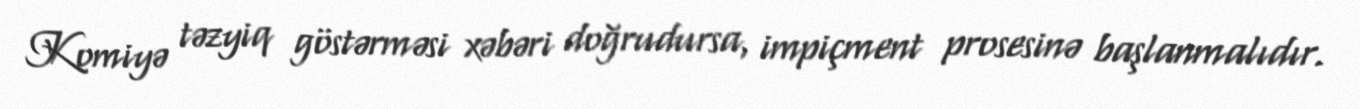
Komiyə təzyiq göstərməsi xəbəri doğrudursa, impiçment prosesinə başlanmalıdır.